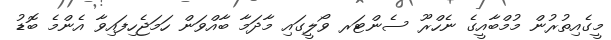
މީގެއިތުރުން މުމްބާއީގެ ނެހްރޫ ސެންޓަރ ވޯލީގައި މާދަމާ ބާއްވަން ހަމަޖެހިފައިވާ އެންމެ ބޮޑު